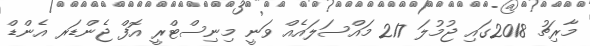
މާރިޗު 2018ގައި ޖުމުލަ 217 މައްސަލައެއް ވަނީ މިނިސްޓްރީ އޮފް ޖެންޑަރ އެންޑް